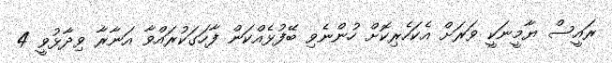
ރައީސް ޔާމީނަކީ ވަރަށް އެކަހެރިކޮށް ހުންނެވި ބޭފުޅެއްކަން ފާހަގަކުރައްވާ އަނާރާ ވިދާޅުވީ 4